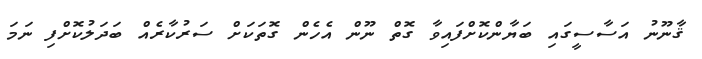
ޤާނޫނު އަސާސީގައި ބަޔާންކޮށްފައިވާ ގޮތް ނޫން އެހެން ގޮތަކަށް ސަރުކާރެއް ބަދަލުކޮށްފި ނަމަ